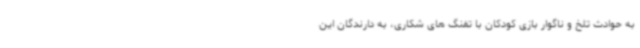
به حوادث تلخ و ناگوار بازی کودکان با تفنگ های شکاری، به دارندگان این